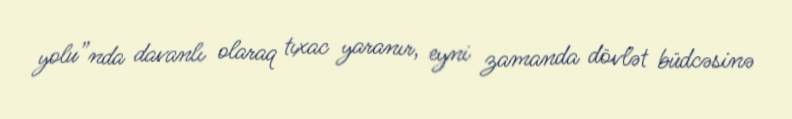
yolu”nda davanlı olaraq tıxac yaranır, eyni zamanda dövlət büdcəsinə